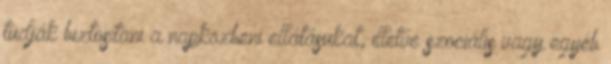
tudják biztosítani a napközbeni ellátásukat, illetve szociális vagy egyéb